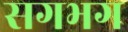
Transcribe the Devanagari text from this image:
सगभग